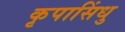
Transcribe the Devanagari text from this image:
कृपासिंधु